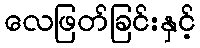
လေဖြတ်ခြင်းနှင့်